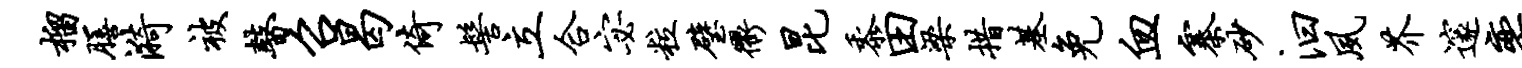
榴膳漪被瞽召曷倚髻立合宓粒璧衢昆黍田梁措基免血寨砂汩夙芥邃奕